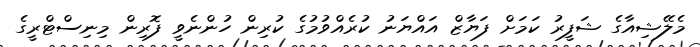
މެލޭޝިއާގެ ޝަފީރު ކަމަށް ފަޔާޒް އައްޔަނު ކުރެއްވުމުގެ ކުރިން ހުންނެވީ ފޮރިން މިނިސްޓްރީގެ